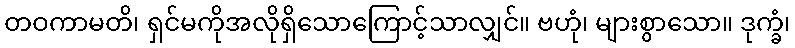
တဝကာမတိ၊ ရှင်မကိုအလိုရှိသောကြောင့်သာလျှင်။ ဗဟုံ၊ များစွာသော။ ဒုက္ခံ၊